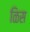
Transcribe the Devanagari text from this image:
ळिस